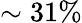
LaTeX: \sim 31\%